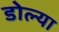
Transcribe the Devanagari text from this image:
डोल्या